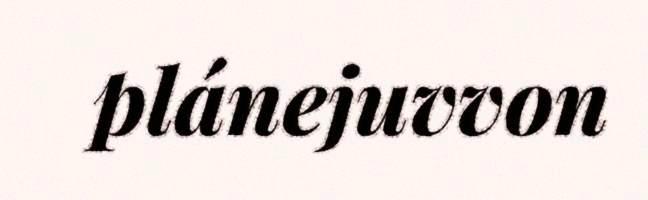
plánejuvvon